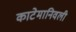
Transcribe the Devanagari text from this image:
काटेमानिवली